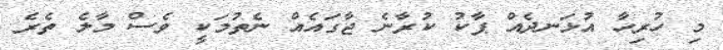
މި ހުރިހާ އުޅަނދެއް ޕާކު ކުރާނެ ޖާގައެއް ނެތުމަކީ ވެސް މާލެ ތެރެ